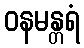
ဝနမန္တရံ